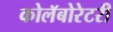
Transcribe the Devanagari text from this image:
कोलॅबोरेटरी